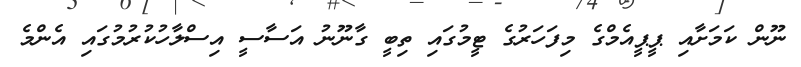
ނޫން ކަމަށާއި ޕީޕީއެމްގެ މިފަހަރުގެ ޓީމުގައި ތިބީ ގާނޫނު އަސާސީ އިސްލާހުކުރުމުގައި އެންމެ